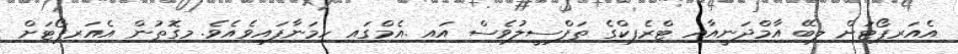
އެއަރޕޯޓަށް ލިބޭ އާމްދަނީއާއި ޓްރެފިކްގެ ތަފްސީލުވެސް އައި .އެމްގައި ހިމަނާފައިވެއެވެ. މިގޮތުން އެއަރޕޯޓަށް